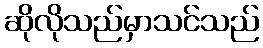
ဆိုလိုသည်မှာသင်သည်